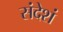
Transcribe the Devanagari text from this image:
संदेशं